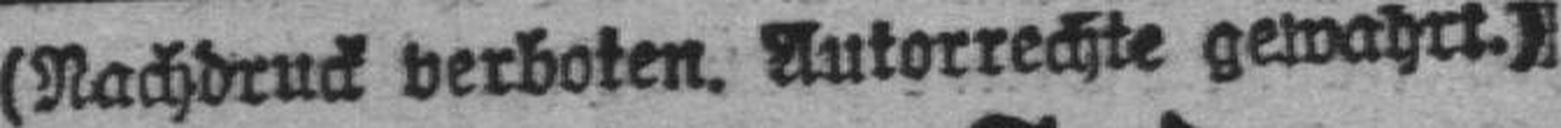
(Nachdruck verboten. Autorrechte gewahrt.)